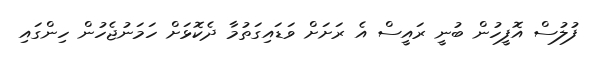
ފުލުސް އޮފީހުން ބުނީ ރައީސް އެ ރަށަށް ވަޑައިގަތުމާ ދެކޮޅަށް ހަމަނުޖެހުން ހިންގައި